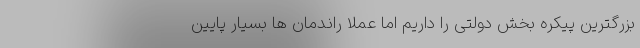
بزرگترین پیکره بخش دولتی را داریم اما عملا راندمان ها بسیار پایین